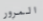
المرور